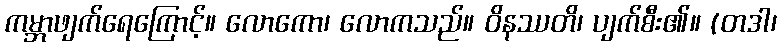
ကမ္ဘာဖျက်ရေကြောင့်။ လောကော၊ လောကသည်။ ဝိနဿတိ၊ ပျက်စီး၏။ (တဒါ၊